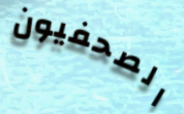
الصحفيون